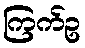
ကြက်ဥ